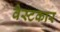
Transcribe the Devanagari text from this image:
वेस्टकार